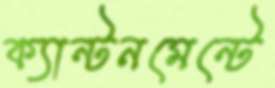
ক্যান্টনমেন্টে